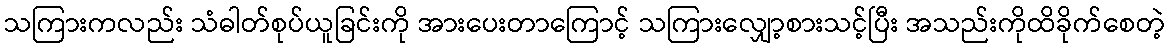
သကြားကလည်း သံဓါတ်စုပ်ယူခြင်းကို အားပေးတာကြောင့် သကြားလျှော့စားသင့်ပြီး အသည်းကိုထိခိုက်စေတဲ့